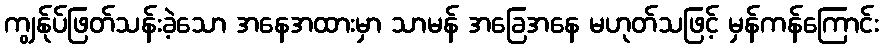
ကျွန်ုပ်ဖြတ်သန်းခဲ့သော အနေအထားမှာ သာမန် အခြေအနေ မဟုတ်သဖြင့် မှန်ကန်ကြောင်း